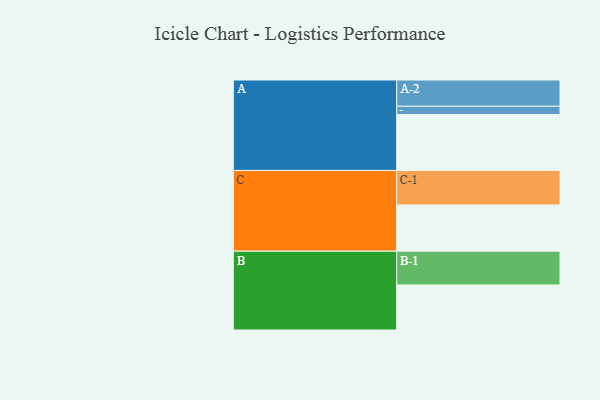
{"axis": {"x": "Segment", "y": "Value"}, "legend": ["", "A", "B", "C"], "data": [{"x": "A", "y": 375, "type": ""}, {"x": "B", "y": 302, "type": ""}, {"x": "C", "y": 310, "type": ""}, {"x": "A-1", "y": 55, "type": "A"}, {"x": "A-2", "y": 176, "type": "A"}, {"x": "B-1", "y": 226, "type": "B"}, {"x": "C-1", "y": 231, "type": "C"}]}